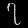
Digit: ၇